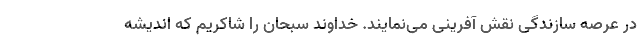
در عرصه سازندگی نقش آفرینی می‌نمایند. خداوند سبحان را شاکریم که اندیشه